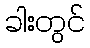
ခါးတွင်